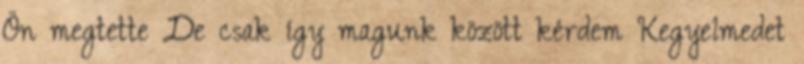
Ön megtette De csak így magunk között kérdem Kegyelmedet